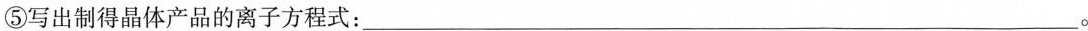
⑤\rightarrow写出制得晶体产品的离子方程式：_。